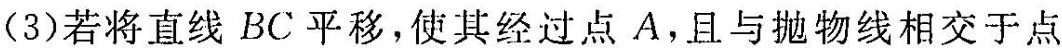
(3)若将直线BC平移，使其经过点A，且与抛物线相交于点